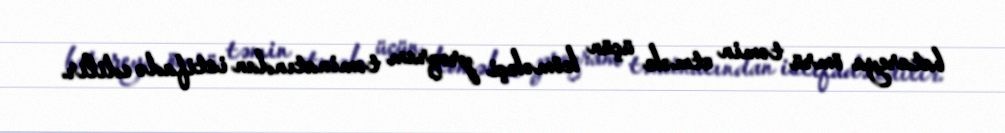
batareya ömrü təmin etmək üçün köməkçi proqram təminatından istifadə edilir.